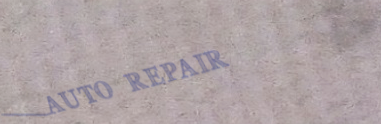
AUTO REPAIR